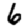
Digit: 6